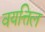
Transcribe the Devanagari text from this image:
वयत्तिल